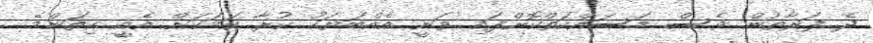
ދެ ފަރާތުން ވެސް މަސައްކަތްކޮށްފައި ވަނީ އެއްބަޔަކު ކުރާ ކަމަކަށް އެއީ ކިތަންމެ